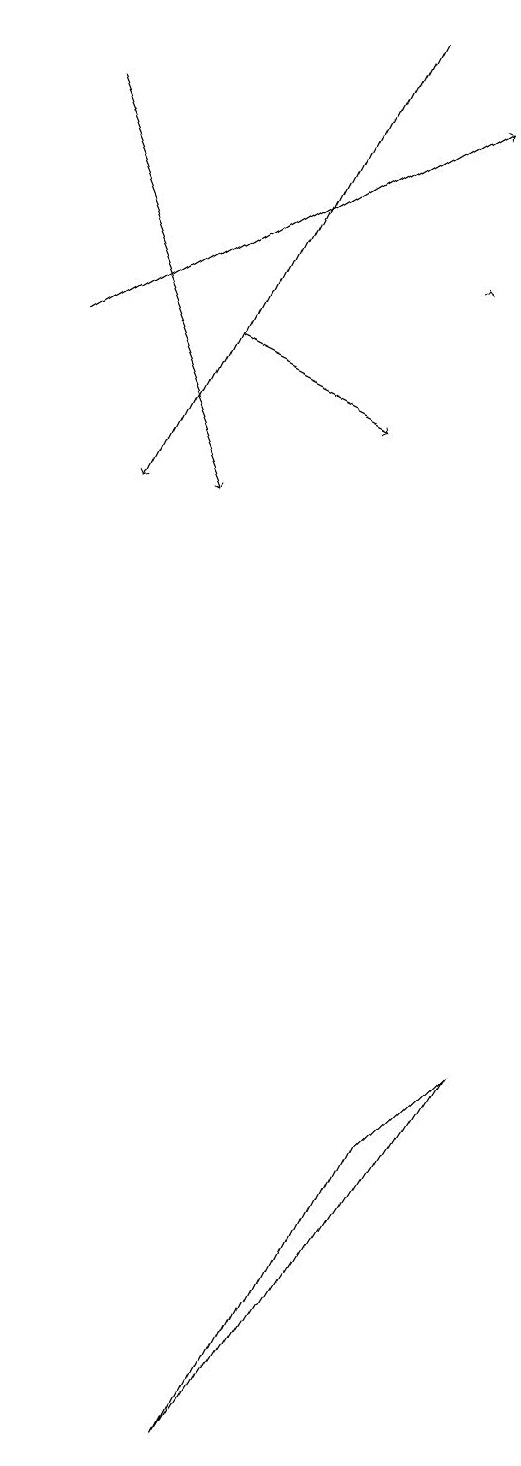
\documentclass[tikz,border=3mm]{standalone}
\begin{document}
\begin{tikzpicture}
\draw[->] (2,15) -- (4,14);
\draw[->] (0,15) -- (5,18);
\draw[->] (5,16) -- (5,16);
\draw (6,6) -- (5,5) -- (3,1) -- cycle;
\draw[->] (0,18) -- (2,13);
\draw[->] (4,19) -- (1,13);
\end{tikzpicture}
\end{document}